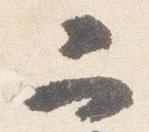
二